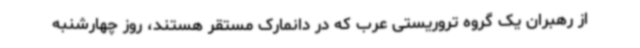
از رهبران یک گروه تروریستی عرب که در دانمارک مستقر هستند، روز چهارشنبه